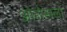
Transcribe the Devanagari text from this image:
ओरोसला